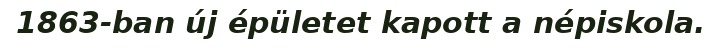
1863-ban új épületet kapott a népiskola.